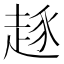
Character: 𰷷